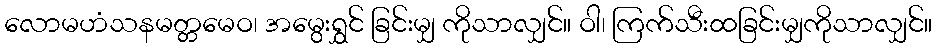
လောမဟံသနမတ္တမေဝ၊ အမွေးရွှင် ခြင်းမျှ ကိုသာလျှင်။ ဝါ၊ ကြက်သီးထခြင်းမျှကိုသာလျှင်။